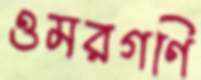
ওমরগণি